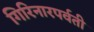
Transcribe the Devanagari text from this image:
गिरिनारपर्वती